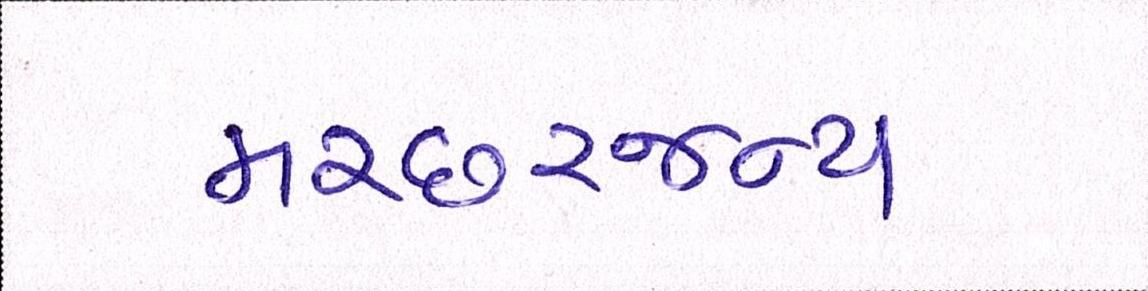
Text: મચ્છરજન્ય